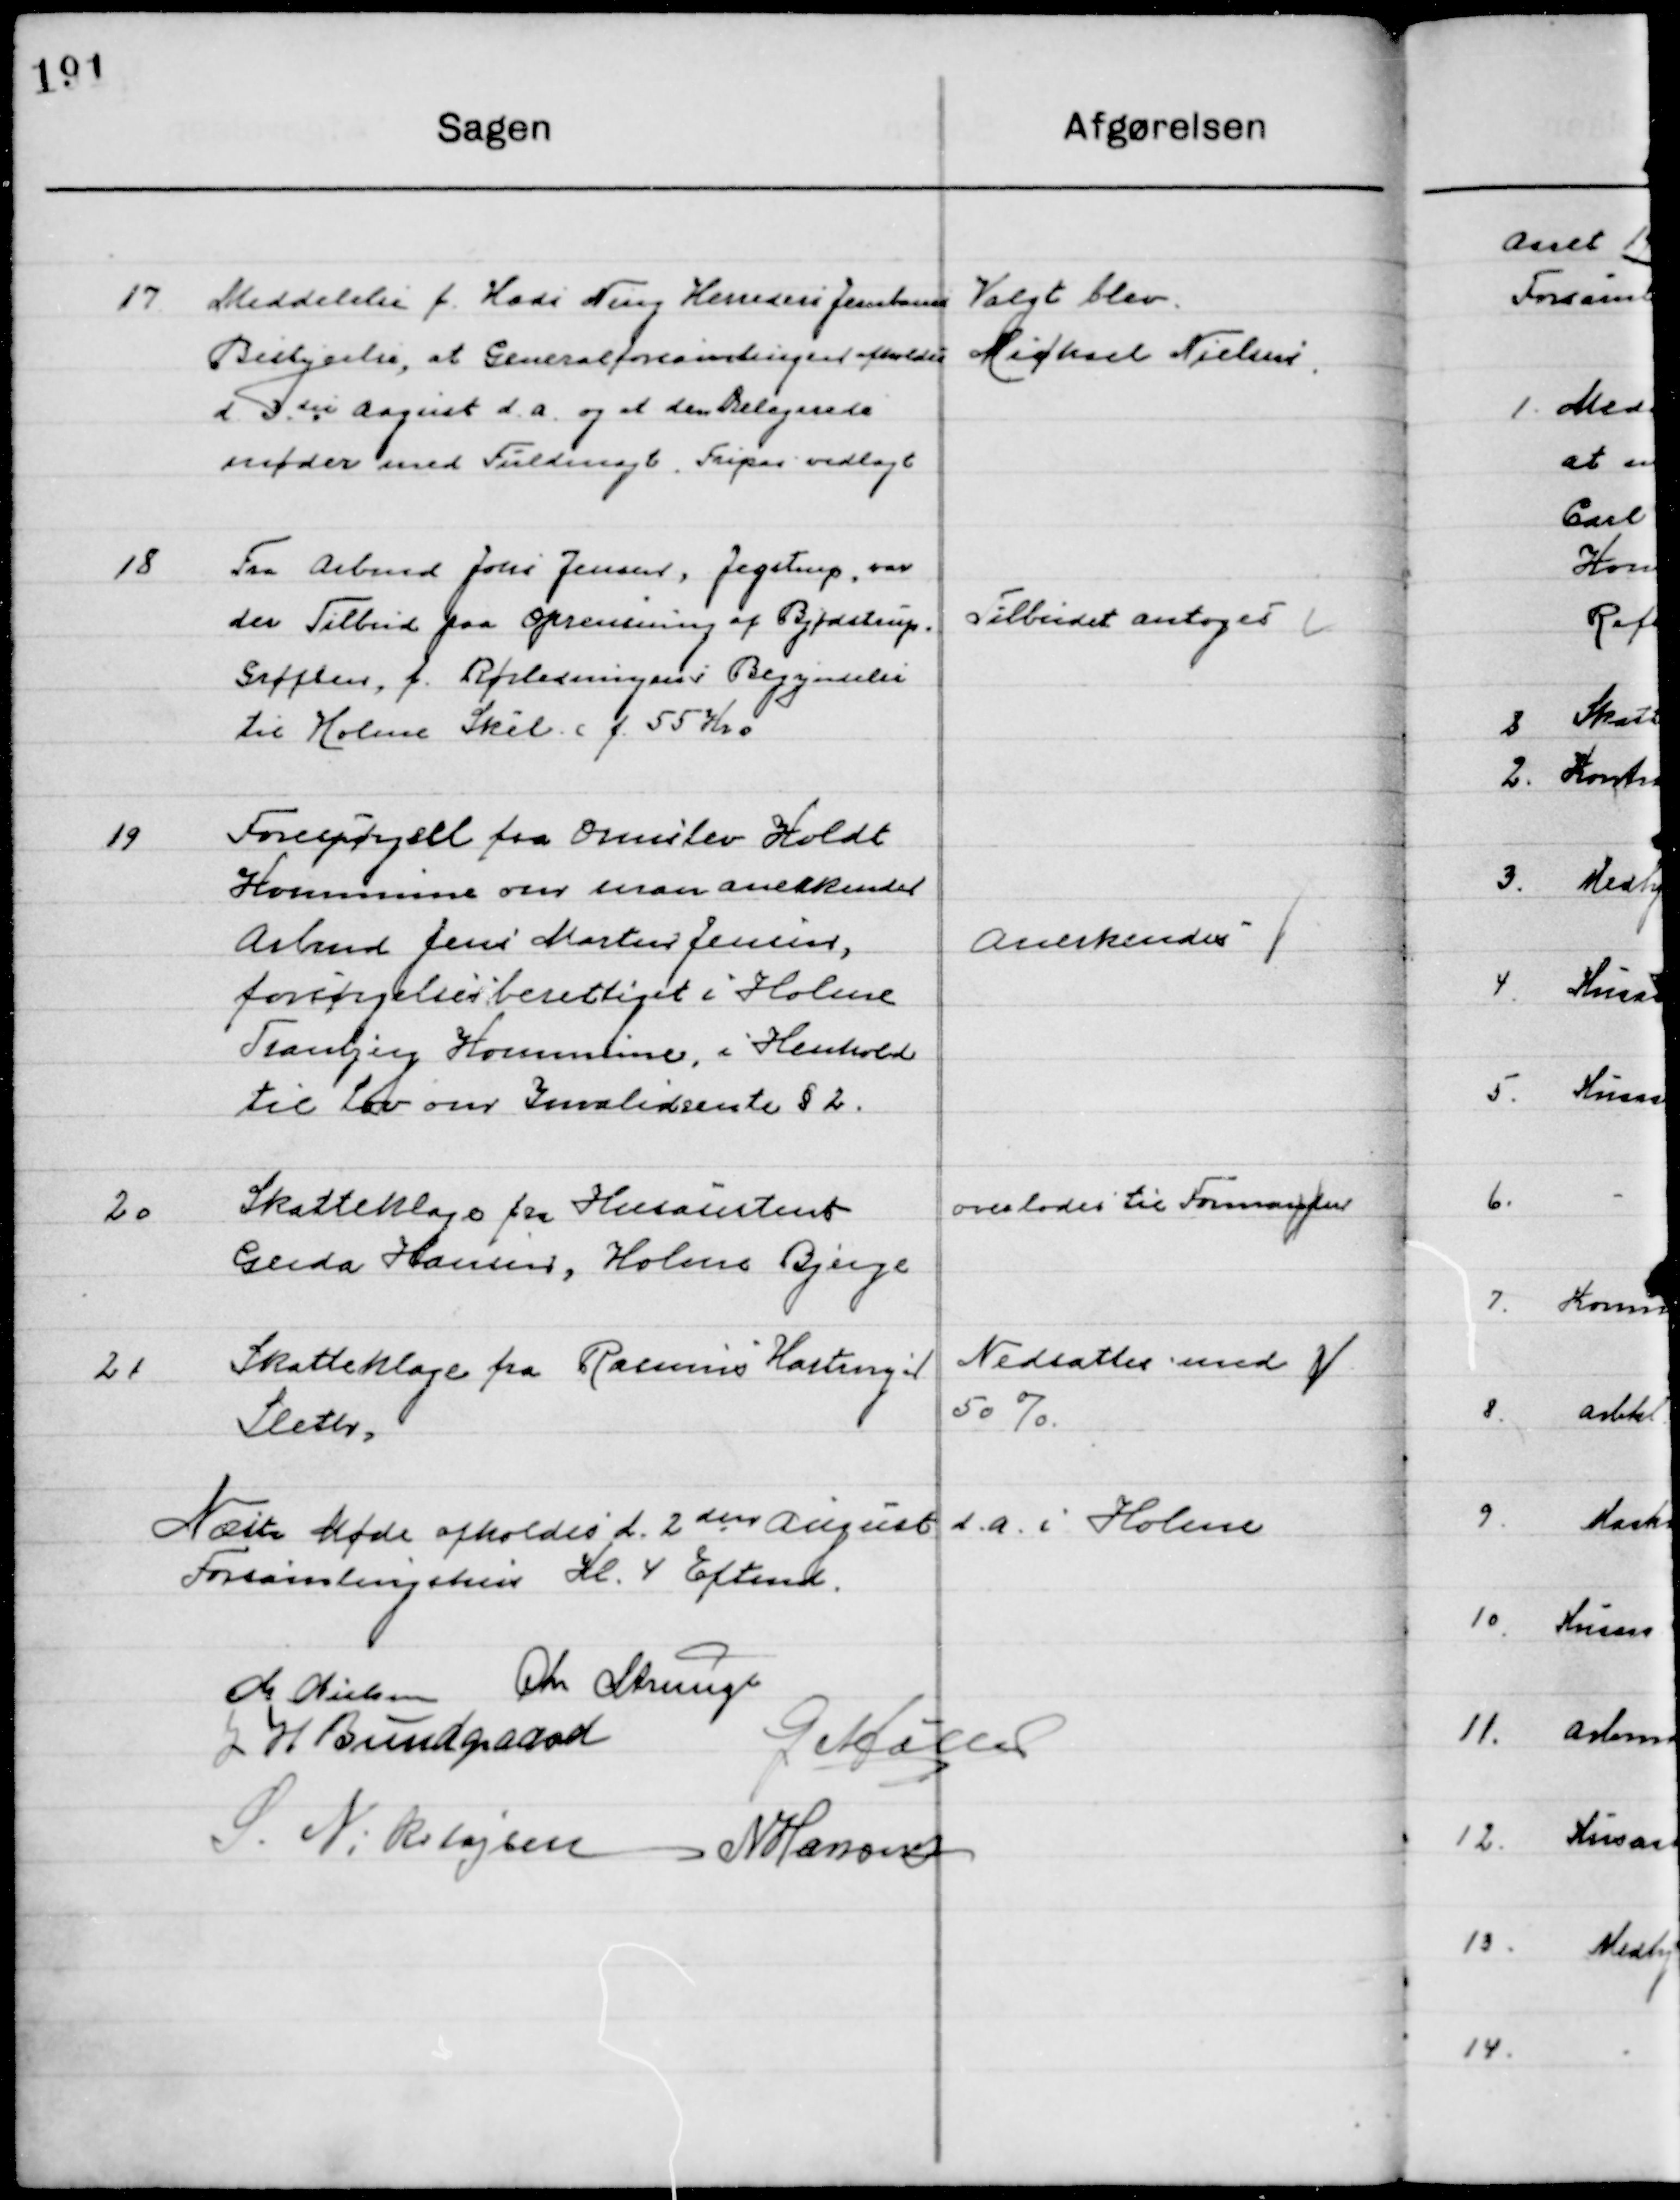
Transskription:
17

Meddelelse f. Hads Ning Herreds Jernbane
Bestyrelse, at Generalforsamlingen afholdes
d. 3die August d. a. og at den delegerede
møde med fuldmægt. Fripas vedlagt

Valgt blev
Michael Nielsen

18

Fra Arbmd. Johs. Jensen, Jegstrup, var
Der Tilbud paa Oprensning af Bjødstrup 
Grøften, f. rørledningen i Begyndelsen
til holme Skel c. f. 55 Kr.

Tilbuddet antoges

19

Forespørgsel fra Ormslev Koldt
Kommune om man anerkender 
Arbmd. Jens Marten Jensen,
Forsørgelsesberettiget i Holme
Tranbjerg Kommune, i Henhold
til Lov om Invalide rente § 2.

Anerkendes

20

Skatteklage fra Husassistent
Gerda Hansen, Holme Bjerge

Overlodes til Formanden

21

Skatteklage fra Rasmus Hasting
Sleth.

Nedsættes med
50 %

Næste Møde afholdes d. 2den August i Holme 
Forsamlingsbygning Kl. 4 Eftermd.

M. Nielsen
Chr. Strunge
J. H. Bundgaard
G. Møller
S. Nikolajsen
N. Hansen